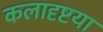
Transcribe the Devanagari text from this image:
कलादृष्टया